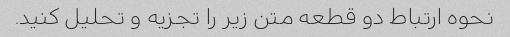
نحوه ارتباط دو قطعه متن زیر را تجزیه و تحلیل کنید.